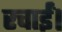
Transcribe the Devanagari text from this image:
रचाईं।